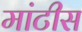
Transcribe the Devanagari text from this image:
मांटीस